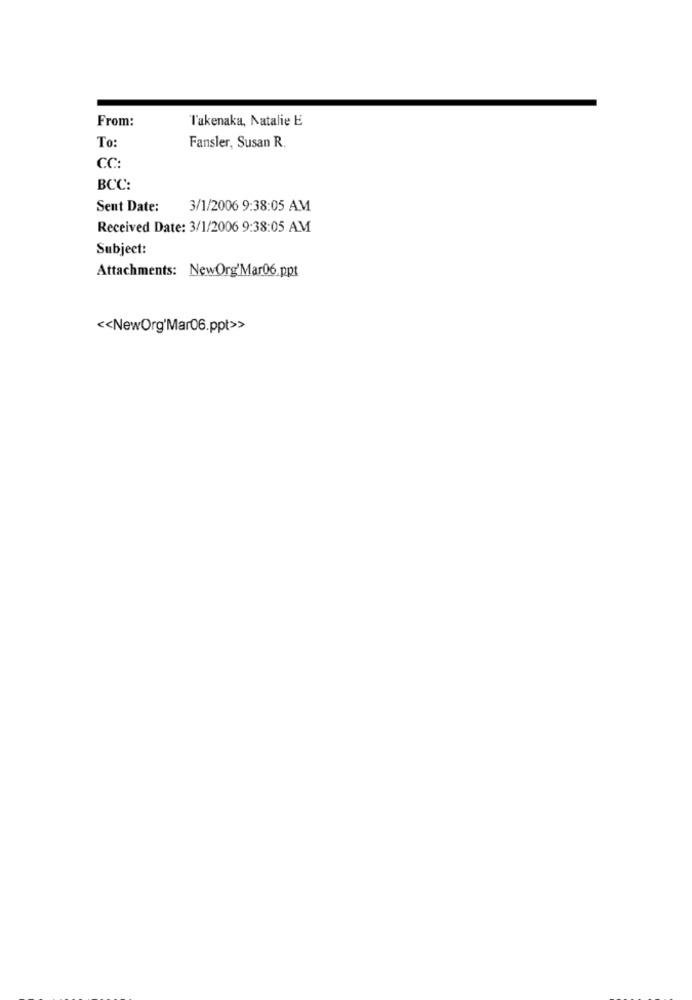
From:
l'akenaka, Natalie E
To:
Fansler, Susan R.
CC:
BCC:
Sent Date:
3/1/2006 9:38:05 AM
Received Date: 3/1/2006 9:38:05 AM
Subject:
Attachments: NewOrg'Mar06.ppt
<< NewOrg'Mar06.ppt>>